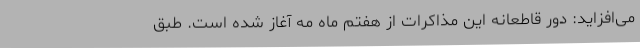
می‌افزاید: دور قاطعانه این مذاکرات از هفتم ماه مه آغاز شده است. طبق